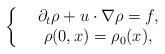
LaTeX: \begin{align*}\left\{\begin{array}{cc}&\partial_t \rho+u\cdot\nabla \rho=f,\\&\rho(0,x)=\rho_0(x),\end{array}\right.\end{align*}